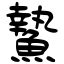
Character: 䲀